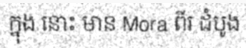
ក្នុង នោះ មាន Mora ពីរ ដំបូង